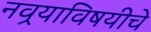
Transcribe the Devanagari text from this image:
नवर्‍याविषयीचे